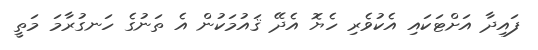
ފައިދާ އަށްޓަކައި އެކުވެރި ހެޔޮ އެދޭ ޤައުމަކުން އެ ތަނުގެ ހަނގުރާމަ މަތީ